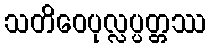
သတိဝေပုလ္လပ္ပတ္တဿ